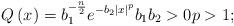
LaTeX: \begin{align*}Q\left( x\right) =b_{1}^{-\frac{n}{2}}e^{-b_{2}\left\vert x\right\vert ^{p}}b_{1}b_{2}>0p>1; \end{align*}